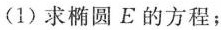
(1)求椭圆E的方程；